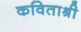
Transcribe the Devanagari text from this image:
कविताश्री